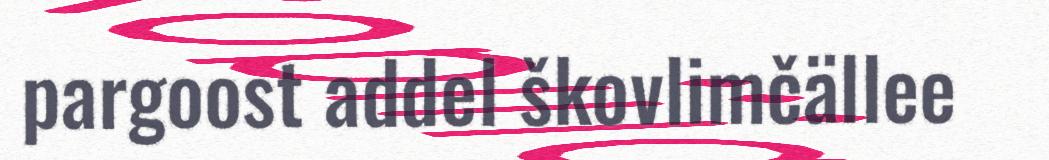
pargoost addel škovlimčällee